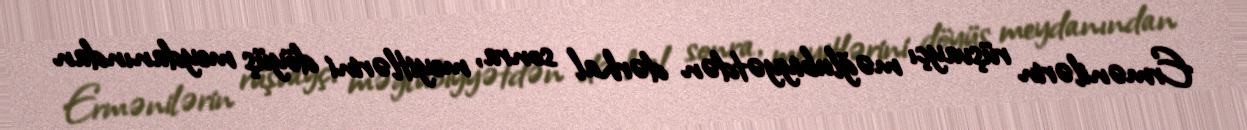
Ermənilərin rüşvayçı məğlubiyyətdən dərhal sonra, meyitlərini döyüş meydanından